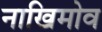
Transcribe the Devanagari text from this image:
नाखिमोव